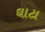
ઘાટા